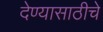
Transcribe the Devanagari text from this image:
देण्यासाठीचे